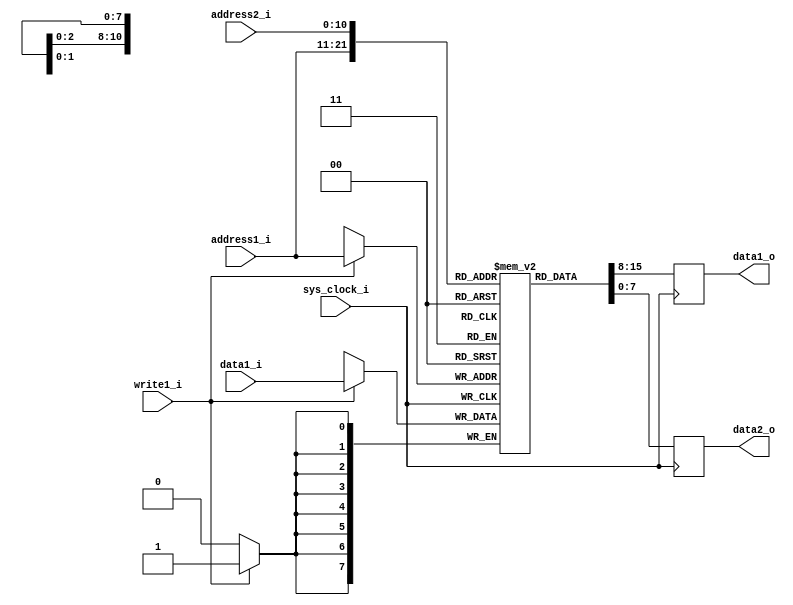
/*
 * Text-only Video RAM
 *
 * Dual-port RAM containing the ASCII codes for chars to be displayed on screen.
 * Text resolution is 64x32 or less (e.g. 40x30).
 * Address bits [10:5] specify the column and bits [4:0] the row.
 */

// synthesis attribute ram_style of video_ram is block;
module video_ram (

    // System
    input sys_clock_i,

    // Port 1 (read/write)
    input write1_i,
    input[10:0] address1_i,
    input [7:0] data1_i,
    output reg[7:0] data1_o,

    // Port 2 (read-only)
    input[10:0] address2_i,
    output reg[7:0] data2_o

  );

  // Memory array
  reg[7:0] VRAM[2047:0];

  // Initialize memory content
  integer i;
  initial begin
    for(i=0; i<2048; i=i+1)
      VRAM[i] <= 8'h00;
  end

  always @(posedge sys_clock_i) begin
    if (write1_i) begin
      VRAM[address1_i] <= data1_i;
    end
    data1_o <= VRAM[address1_i];
    data2_o <= VRAM[address2_i];
  end

endmodule